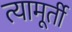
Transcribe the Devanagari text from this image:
त्यामूर्ती